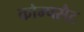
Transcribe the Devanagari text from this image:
कोम्पसैट